Scottish Education Department, 1920
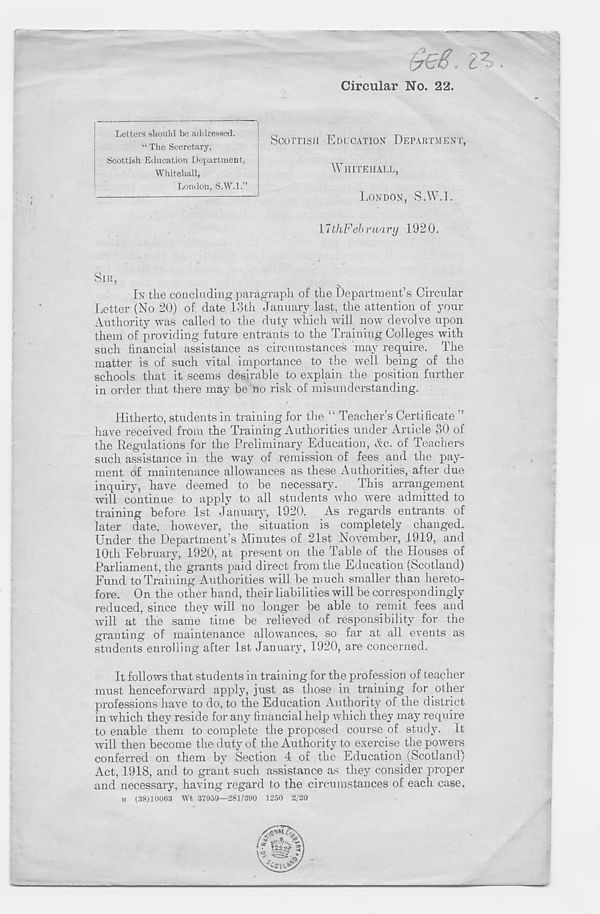
. c 7 '.
Circular No. 22.
Letters should be addressed.
“ The Secretary,
Scottish Education Department,
Whitehall,
London, S.W.l.”
llthFebruary 1920.
SCOTTISH EDUCATION DEPARTMENT,
WHITEHALL,
LONDON, S.W.L
SIR,
IN the concluding paragraph of the Department’s Circular
Letter (No 20) of date loth January last, the attention of your
Authority was called to the duty which will now devolve upon
them of providing future entrants to the Training Colleges with
such financial assistance as circumstances may require. The
matter is of such vital importance to the well being of the
schools that it seems desirable to explain the position further
in order that there may be no risk of misunderstanding.
Hitherto, students in training for the “ Teacher’s Certificate ”
have received from the Training Authorities under Article 30 of
the Regulations for the Preliminary Education, Ac. of Teachers
such assistance in the way of remission of fees and the pay-
ment of maintenance allowances as these Authorities, after due
inquiry, have deemed to be necessary.
This arrangement
will continue to apply to all students who were admitted to
training before 1st January, 1920. As regards entrants of
later date, however, the situation is completely changed.
Under the Department’s Minutes of 21st November, 1919, and
10th February, 1920, at present on the Table of the Houses of
Parliament, the grants paid direct from the Education (Scotland)
Fund to Training Authorities will be much smaller than hereto-
fore. On the other hand, their liabilities will be correspondingly
reduced, since they will no longer be able to remit fees and
will at the same" time be relieved of responsibility for the
gi'anting of maintenance allowances, so far at all events as
students enrolling after 1st January, 1920, are concerned.
It follows that students in training for the profession of teacher
must henceforward apply, just as those in training for other
professions have to do, to the Education Authority of the district
in which they reside for any financial help which they may require
to enable them to complete the proposed course of study. It
will then become the duty of the Authority to exercise the powers
conferred on them by Section 4 of the Education (Scotland)
Act, 1918, and to grant such assistance as they consider proper
and necessary, having regard to the circumstances of each case,
u (38)10063 Wt 37959—281/390 1250 2/20